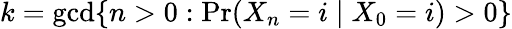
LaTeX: k=\operatorname*{gcd}\{ n>0:\operatorname*{Pr}(X_{n}=i\mid X_{0}=i)>0\}